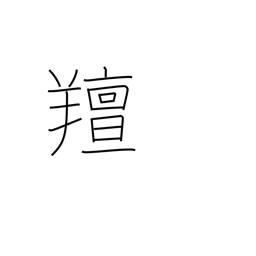
Meaning: smelling like a sheep